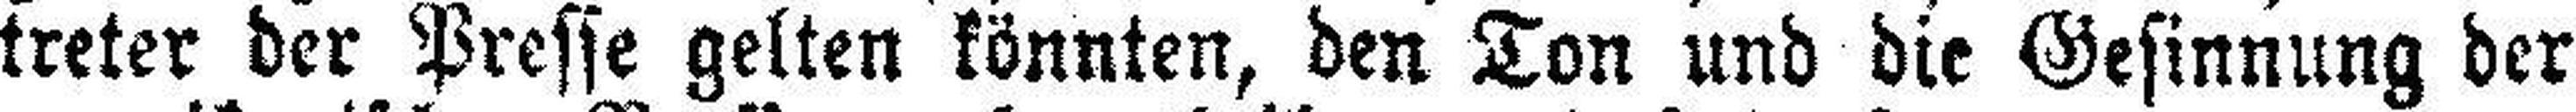
treter der Presse gelten könnten, den Ton und die Gesinnung der